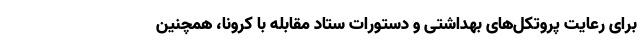
برای رعایت پروتکل‌های بهداشتی و دستورات ستاد مقابله با کرونا، همچنین